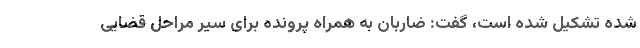
شده تشکیل شده است، گفت: ضاربان به همراه پرونده برای سیر مراحل قضایی